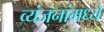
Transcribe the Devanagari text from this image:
व्यंजनांमध्ये